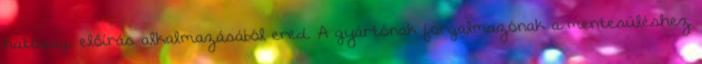
hatósági előírás alkalmazásából ered. A gyártónak forgalmazónak a mentesüléshez